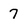
Character: 7